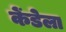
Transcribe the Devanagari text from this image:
केंडेला